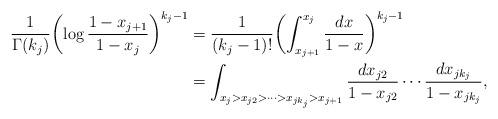
LaTeX: \begin{align*}\frac{1}{\Gamma(k_j)}\biggl(\log\frac{1-x_{j+1}}{1-x_j}\biggr)^{k_j-1}&=\frac{1}{(k_j-1)!}\biggl(\int_{x_{j+1}}^{x_j}\frac{dx}{1-x}\biggr)^{k_j-1}\\&=\int_{x_j>x_{j2}>\cdots>x_{jk_j}>x_{j+1}}\frac{dx_{j2}}{1-x_{j2}}\cdots\frac{dx_{jk_j}}{1-x_{jk_j}}, \end{align*}